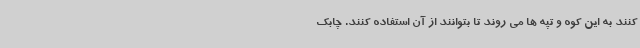
کنند به این کوه و تپه ها می روند تا بتوانند از آن استفاده کنند. چابک